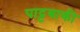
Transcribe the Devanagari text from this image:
पाट्टबाकी